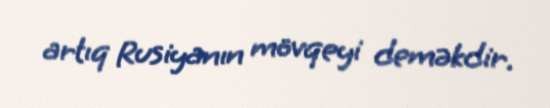
artıq Rusiyanın mövqeyi deməkdir.